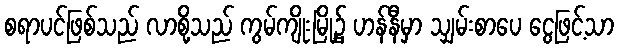
စရာပင်ဖြစ်သည် လာစို့သည် ကွမ်ကျိုးမြို့၌ ဟန်နီမှာ သျှမ်းစာပေ ငွေဖြင့်သာ